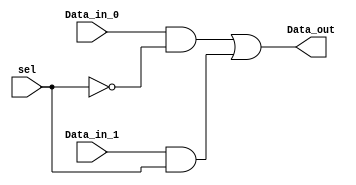
module mux2_1(Data_out,Data_in_0,Data_in_1,sel);
    input Data_in_0;
    input Data_in_1;
    input sel;
    output Data_out;
    wire not_sel;
    wire temp1,temp2;
    wire Data_out_temp;
    not n1(not_sel,sel);  
    and and_1(temp1,Data_in_0,not_sel);
    and and_2(temp2,Data_in_1,sel);
    or or_1(Data_out,temp1,temp2);
    
endmodule